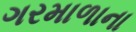
ગરમાળાના